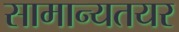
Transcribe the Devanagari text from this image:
सामान्यतयर